38_143685_box_Incident_Summaries_173-233
Agency: Department of War
Page 110
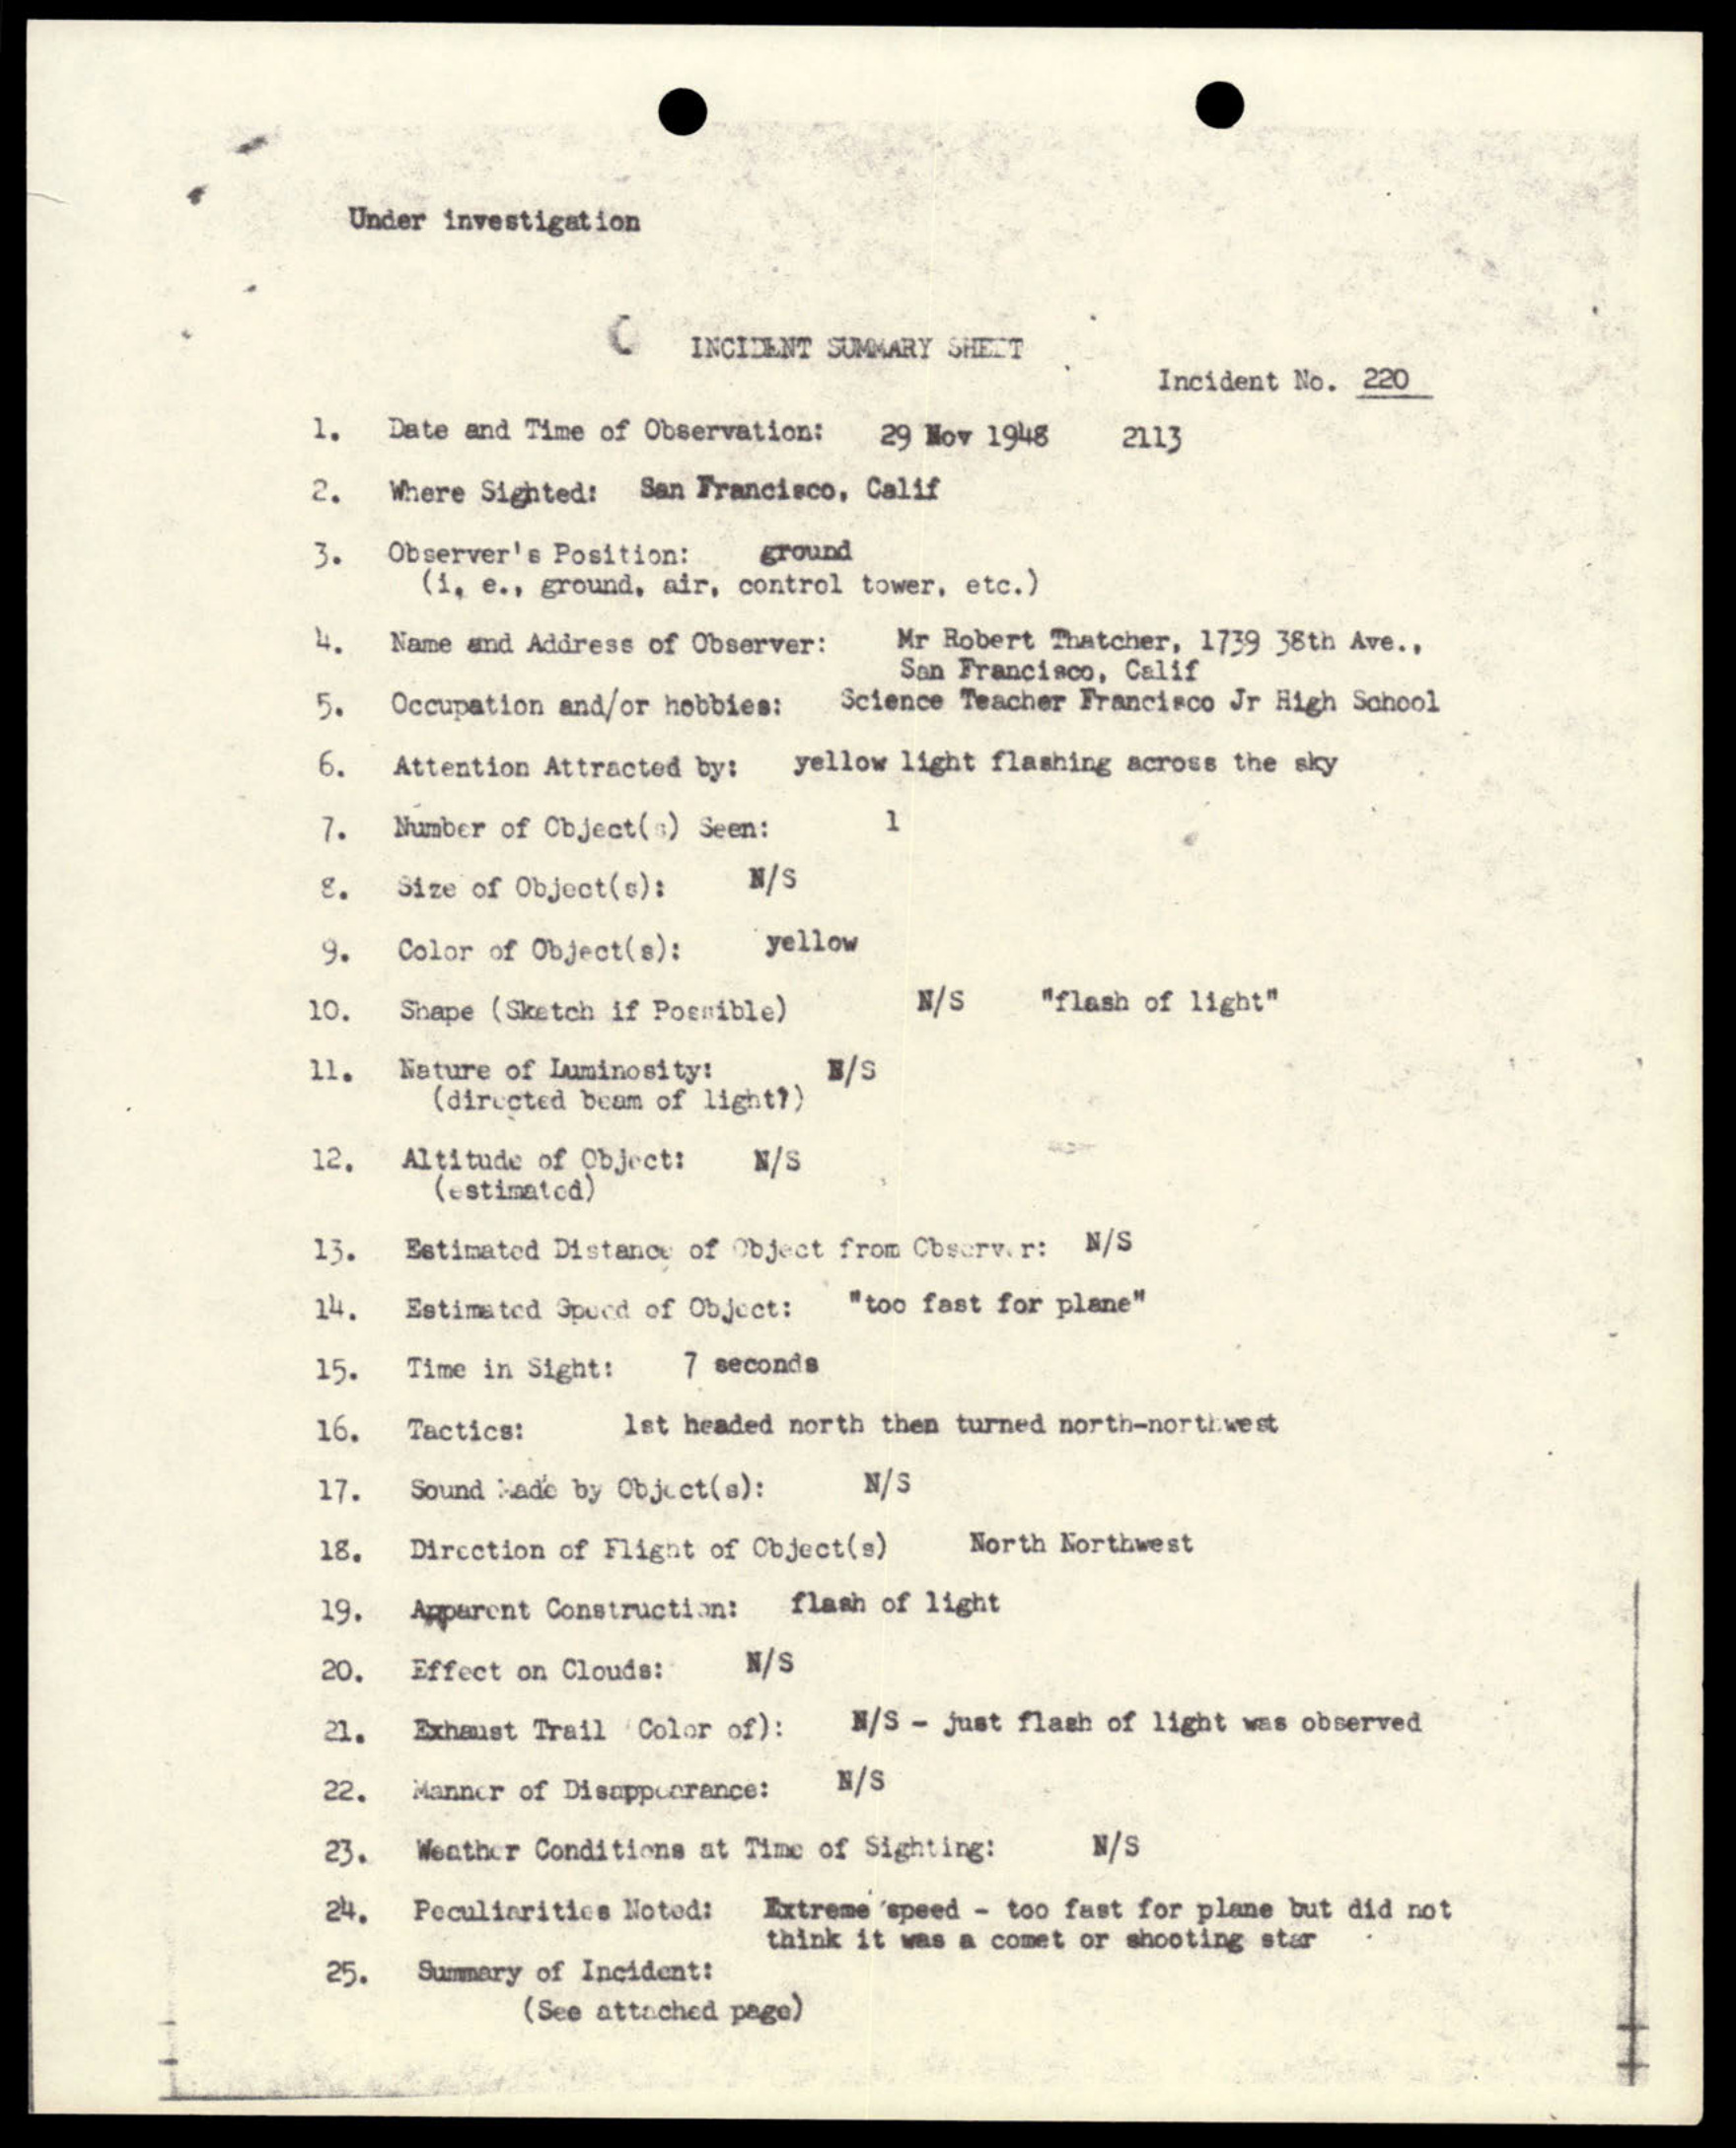